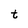
Character: t